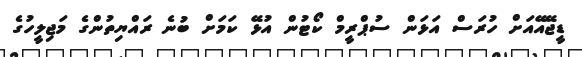
ޑީޖޭއޭއަށް ހުރަސް އަޅަން ސުޕްރީމް ކޯޓުން އުޅޭ ކަމަށް ބުނެ ރައްޔިތުންގެ މަޖިލީހުގެ